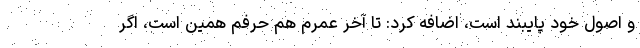
و اصول خود پایبند است، اضافه کرد: تا آخر عمرم هم حرفم همین است، اگر